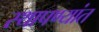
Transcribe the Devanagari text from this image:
स्थापण्यांत